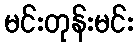
မင်းတုန်းမင်း